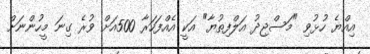
އިއްޔެ ހުޅުވި "މަސްޖިދު އަލްފިތުޔާ" އަކީ އެއްފަހަރާ 500އަށް ވުރެ ގިނަ މީހުންނަށް